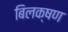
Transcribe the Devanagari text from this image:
बिलक्षण